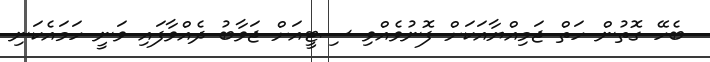
ބެހޭ ގޮތުން ހަތް ޖަމިއްޔާއަކަށް ފޮނުވެއްވި ސިޓީއަށް ޖަވާބު ދެއްވާފައި ވަނީ ހަމައެކަނި